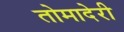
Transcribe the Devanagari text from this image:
तोमादेरी